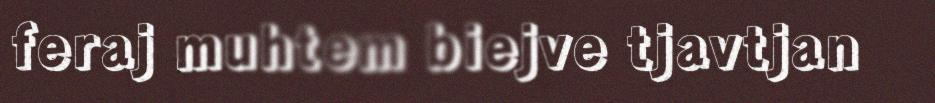
feraj muhtem biejve tjavtjan